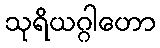
သုရိယဂ္ဂါဟော